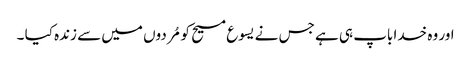
اور وہ خدا باپ ہی ہے جس نے یسوع مسیح کو مُردوں میں سے زندہ کیا ۔